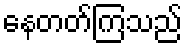
နေတတ်ကြသည်